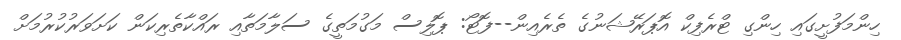
ހިންމަފުށީގައި ހިންގި ޓްރެފިކް އޮޕަރޭޝަނުގެ ތެރެއިން--ފޮޓޯ: ޕޮލިސް މަގުމަތީގެ ސަލާމަތާއި ރައްކާތެރިކަން ކަށަވަރުކުރުމަށް